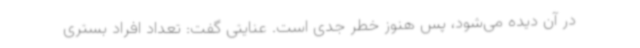
در آن دیده می‌شود، پس هنوز خطر جدی است. عنایتی گفت: تعداد افراد بستری